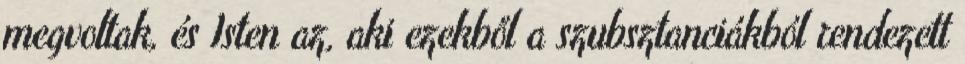
megvoltak, és Isten az, aki ezekből a szubsztanciákból rendezett